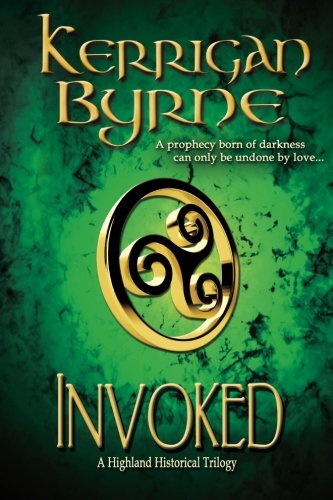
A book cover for Invoked: A Highland Historical Prequel (Volume 3); Kerrigan Byrne; Romance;